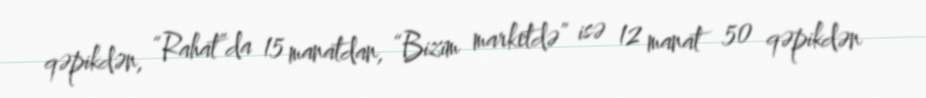
qəpikdən, “Rahat”da 15 manatdan, “Bizim marketdə” isə 12 manat 50 qəpikdən